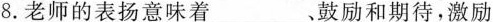
8.老师的表扬意味着_______、鼓励和期待，激励